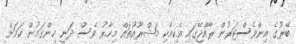
ބޭރުގެ އިންވެސްޓަރުން ރާއްޖޭގައި އެކިއެކި މަޝްރޫއުތައް މިހާރު ވެސް ދަނީ ހިންގަމުން ކަމަށް